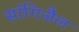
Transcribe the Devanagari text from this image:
सांगिजैल